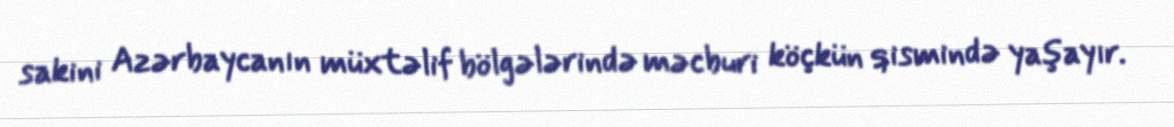
sakini Azərbaycanın müxtəlif bölgələrində məcburi köçkün qismində yaşayır.